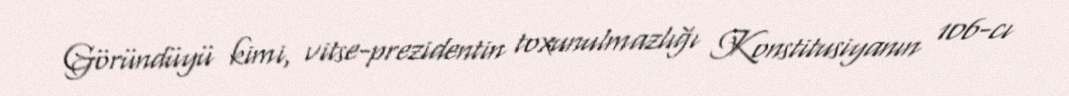
Göründüyü kimi, vitse-prezidentin toxunulmazlığı Konstitusiyanın 106-cı